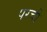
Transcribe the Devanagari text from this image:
परची